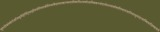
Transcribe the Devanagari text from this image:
बुरूंडीकोमोरोज़जिबूतीईरीट्रियाइथियोपियाकीनियामैडागास्करमलावीमारीशसमोजाम्बिकरवांडासेशल्ससोमालियातंजानियायुगांडाजाम्बियाज़िम्बाबवे